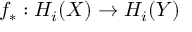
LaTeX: f _ { * } : H _ { i } ( X ) \to H _ { i } ( Y )